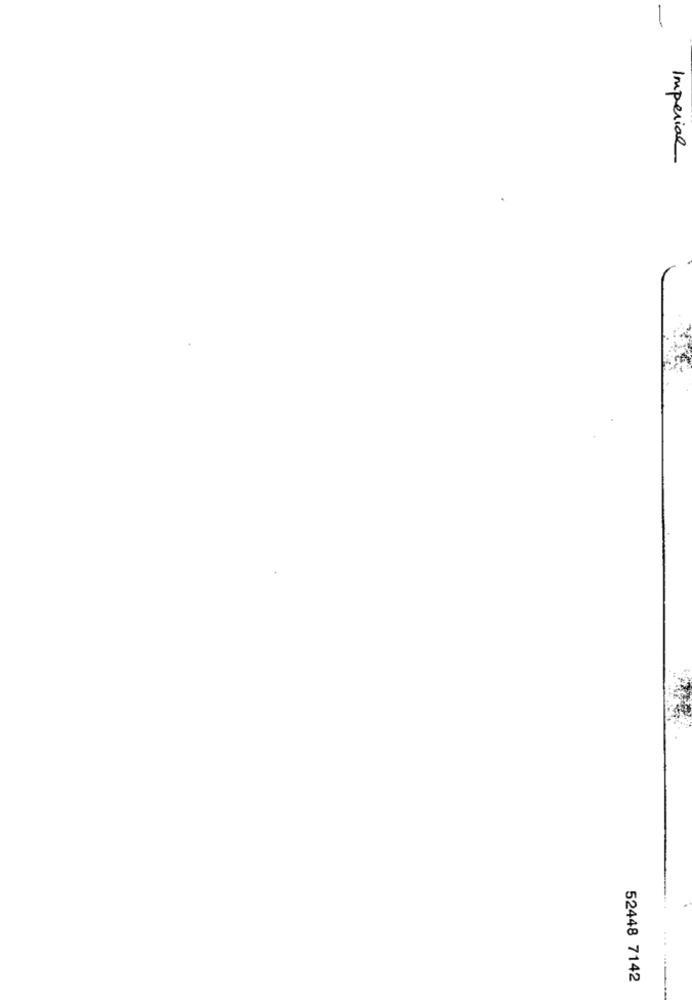
-
Imperial
.....
52448 7142